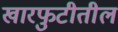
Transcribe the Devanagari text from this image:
खारफुटीतील